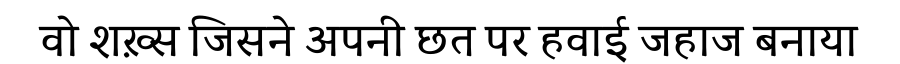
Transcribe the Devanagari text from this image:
वो शख़्स जिसने अपनी छत पर हवाई जहाज बनाया